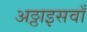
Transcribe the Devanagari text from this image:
अठ्ठाइसवाँ